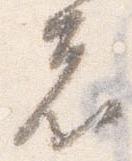
者